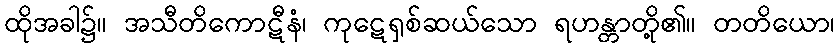
ထိုအခါ၌။ အသီတိကောဋီနံ၊ ကုဋေရှစ်ဆယ်သော ရဟန္တာတို့၏။ တတိယော၊